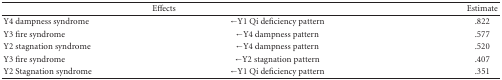
| <COLSPAN=2> Effects | Estimate |
 | --- | --- | --- |
 | Y4 dampness syndrome | ←Y1 Qi deficiency pattern | .822 |
 | Y3 fire syndrome | ←Y4 dampness pattern | .577 |
 | Y2 stagnation syndrome | ←Y4 dampness pattern | .520 |
 | Y3 fire syndrome | ←Y2 stagnation pattern | .407 |
 | Y2 Stagnation syndrome | ←Y1 Qi deficiency pattern | .351 |